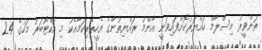
ތަންވީރު އިސްލާމް ހައްޔަރުކޮށްފައިވަނީ އާންމު ރައްޔިތުންގެ އެހީތެރިކަމާއެކު މި އޮކްޓޯބަރު މަހުގެ 24